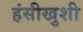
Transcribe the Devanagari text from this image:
हंसीखुशी